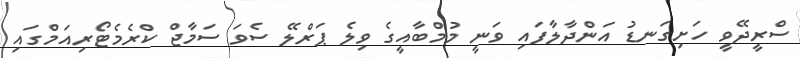
ސްރީދޭވީ ހަށިގަނޑު އަންދާލާފައި ވަނީ މުމްބާއީގެ ވިލެ ޕަރްލޭ ސެވަ ސަމާޖް ކްރެމެޓޯރިއަމްގައި